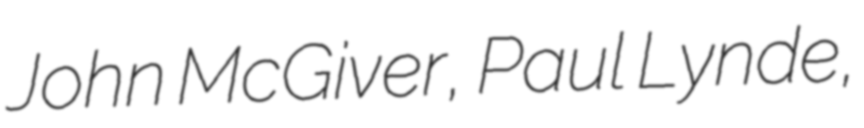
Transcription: John McGiver, Paul Lynde,